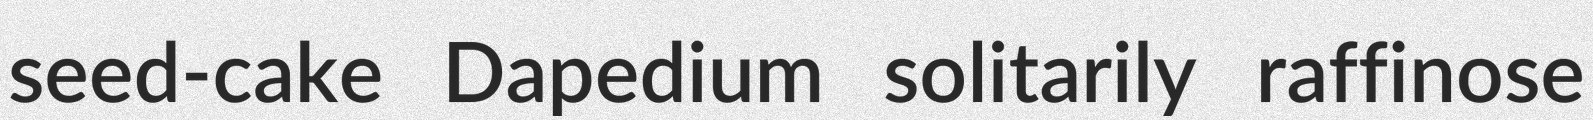
seed-cake Dapedium solitarily raffinose